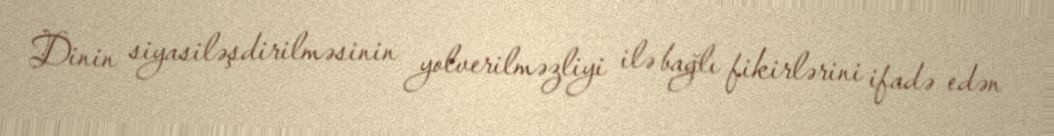
Dinin siyasiləşdirilməsinin yolverilməzliyi ilə bağlı fikirlərini ifadə edən